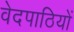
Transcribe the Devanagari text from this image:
वेदपाठियों